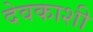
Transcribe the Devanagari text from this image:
देवकाशी